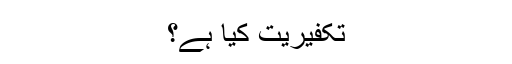
تکفیریت کیا ہے؟